Report of the Indian Hemp Drugs Commission, 1894-1895 - Volume I
Year: 1894
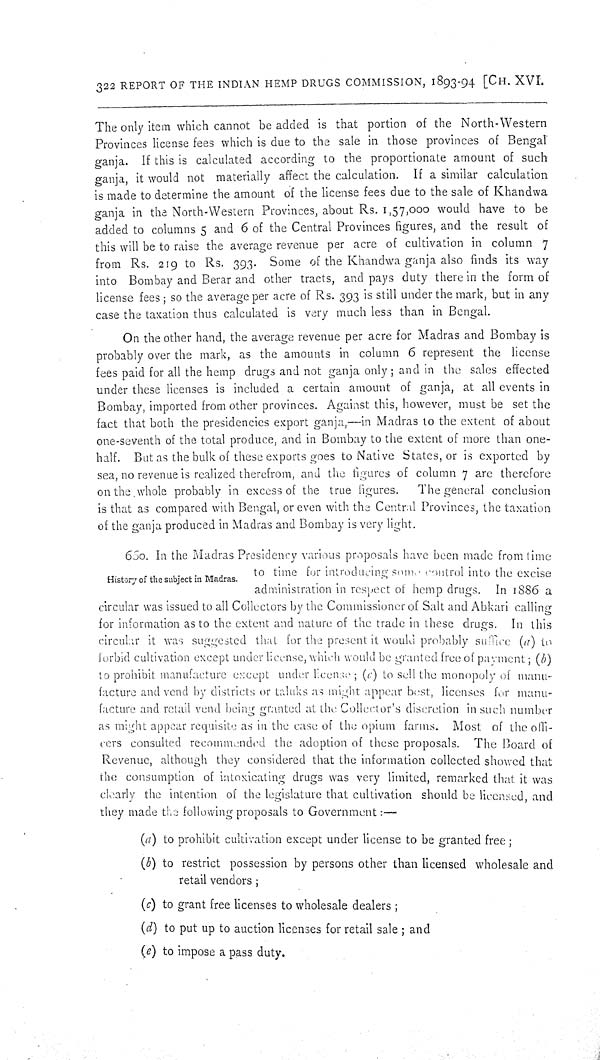
322 REPORT OF THE INDIAN HEMP DRUGS COMMISSION, 1893-94 [CH. XVI.
The only item which cannot be added is that portion of the North-Western
Provinces license fees which is due to the sale in those provinces of Bengal
ganja. If this is calculated according to the proportionate amount of such
ganja, it would not materially affect the calculation. If a similar calculation
is made to determine the amount of the license fees due to the sale of Khandwa
ganja in the North-Western Provinces, about Rs. 1,57,000 would have to be
added to columns 5 and 6 of the Central Provinces figures, and the result of
this will be to raise the average revenue per acre of cultivation in column 7
from Rs. 219 to Rs. 393. Some of the Khandwa ganja also finds its way
into Bombay and Berar and other tracts, and pays duty there in the form of
license fees; so the average per acre of Rs. 393 is still under the mark, but in any
case the taxation thus calculated is very much less than in Bengal.
On the other hand, the average revenue per acre for Madras and Bombay is
probably over the mark, as the amounts in column 6 represent the license
fees paid for all the hemp drugs and not ganja only; and in the sales effected
under these licenses is included a certain amount of ganja, at all events in
Bombay, imported from other provinces. Against this, however, must be set the
fact that both the presidencies export ganja,—in Madras to the extent of about
one-seventh of the total produce, and in Bombay to the extent of more than one-
half. But as the bulk of these exports goes to Native States, or is exported by
sea, no revenue is realized therefrom, and the figures of column 7 are therefore
on the whole probably in excess of the true figures. The general conclusion
is that as compared with Bengal, or even with the Central Provinces, the taxation
of the ganja produced in Madras and Bombay is very light.
History of the subject in Madras.
660. In the Madras Presidency various proposals have been made from time
to time for introducing some control into the excise
administration in respect of hemp drugs. In 1886 a
circular was issued to all Collectors by the Commissioner of Salt and Abkari calling
for information as to the extent and nature of the trade in these drugs. In this
circular it was suggested that for the present it would probably suffice (a) to
forbid cultivation except under license, which would be granted free of payment; (b)
to prohibit manufacture except under license; (c) to sell the monopoly of manu-
facture and vend by districts or taluks as might appear best, licenses for manu-
facture and retail vend being granted at the Collector's discretion in such number
as might appear requisite as in the case of the opium farms. Most of the offi-
cers consulted recommended the adoption of these proposals. The Board of
Revenue, although they considered that the information collected showed that
the consumption of intoxicating drugs was very limited, remarked that it was
clearly the intention of the legislature that cultivation should be licensed, and
they made the following proposals to Government:—
(a) to prohibit cultivation except under license to be granted free;
(b) to restrict possession by persons other than licensed wholesale and
retail vendors;
(c) to grant free licenses to wholesale dealers;
(d) to put up to auction licenses for retail sale; and
(e) to impose a pass duty.